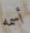
أسمه